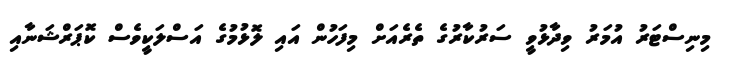
މިނިސްޓަރު އުމަރު ވިދާޅުވީ ސަރުކާރުގެ ތެރެއަށް މިފަހުން އައި ލޮޅުމުގެ އަސްލަކީވެސް ކޮޕަރްޝަނާއި